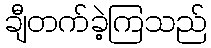
ချီတက်ခဲ့ကြသည်